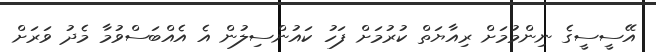
އޭސީސީގެ ނިންމުމަށް ރިއާޔަތް ކުރުމަށް ފަހު ކައުންސިލުން އެ އެއްބަސްވުމާ މެދު ވަރަށް